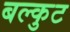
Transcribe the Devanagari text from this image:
बल्कुट